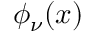
\phi _ { \nu } ( \boldsymbol { x } )